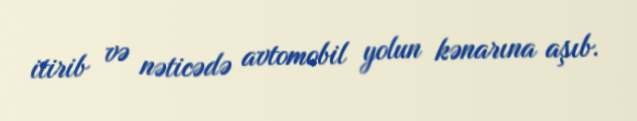
itirib və nəticədə avtomobil yolun kənarına aşıb.